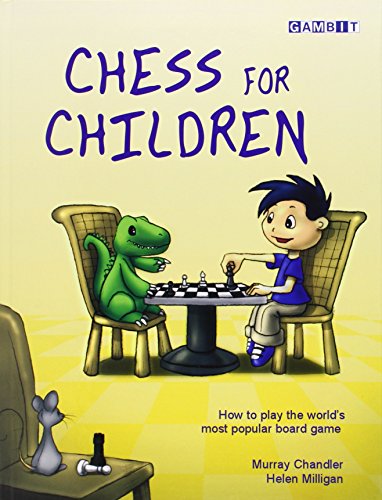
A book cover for Chess for Children:  How to Play the World's Most Popular Board Game; Murray Chandler; Humor & Entertainment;